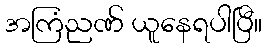
အကြံညဏ် ယူနေရပါပြီ။